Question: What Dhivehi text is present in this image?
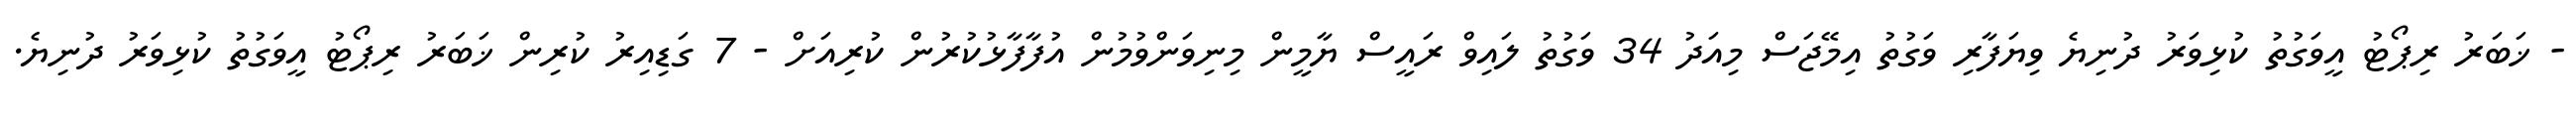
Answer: - ޚަބަރު ރިޕޯޓު އީވަގުތު ކުޅިވަރު ދުނިޔެ ވިޔަފާރި ވަގުތު އިމޭޖަސް މިއަދު 34 ވަގުތު ލައިވް ރައީސް ޔާމީން މިނިވަންވުމުން އުފާފާޅުކުރުން ކުރިއަށް - 7 ގަޑިއިރު ކުރިން ޚަބަރު ރިޕޯޓު އީވަގުތު ކުޅިވަރު ދުނިޔެ.